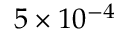
5 \times 1 0 ^ { - 4 }